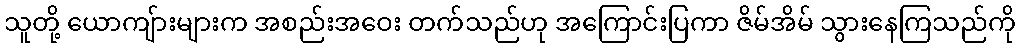
သူတို့ ယောကျ်ားများက အစည်းအဝေး တက်သည်ဟု အကြောင်းပြကာ ဇိမ်အိမ် သွားနေကြသည်ကို